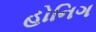
હોનિગ